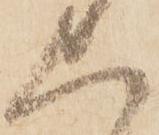
上